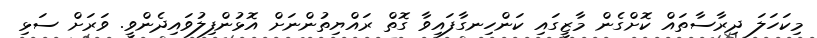
މިކަހަލަ ދިރާސާތައް ކޮށްގެން މާޒީގައި ކަންހިނގާފައިވާ ގޮތް ރައްޔިތުންނަށް އޮޅުންފިލުވައިދެންވީ. ވަރަށް ސަޅި